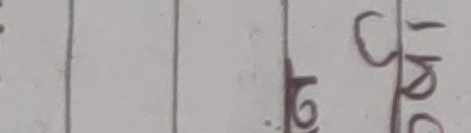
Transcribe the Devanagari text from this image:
श्री टो